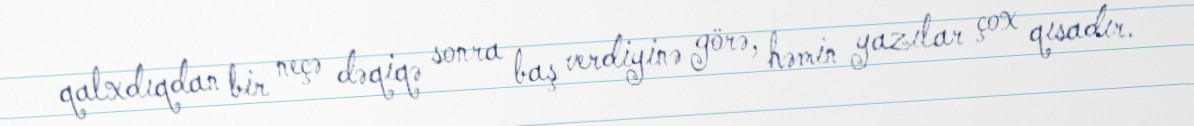
qalxdıqdan bir neçə dəqiqə sonra baş verdiyinə görə, həmin yazılar çox qısadır.